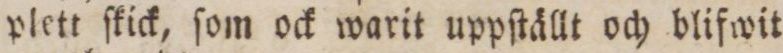
plett ſkick, ſom ock warit uppſtällt och blifwit